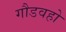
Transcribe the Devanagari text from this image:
गौडवहो